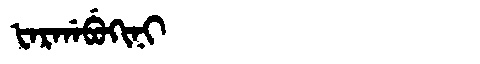
Manchu: ᡶᠠᡵᡤᠠᠪᡠᡴᡳᠨᡳ
Romanization: FARGABUKINI